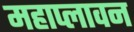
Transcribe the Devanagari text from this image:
महाप्लावन